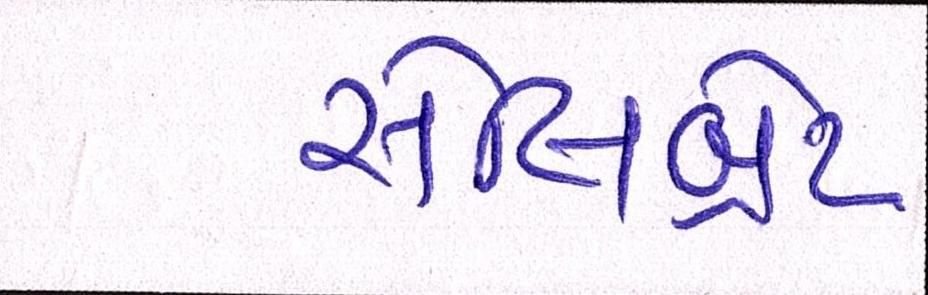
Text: સેલિબ્રેટ